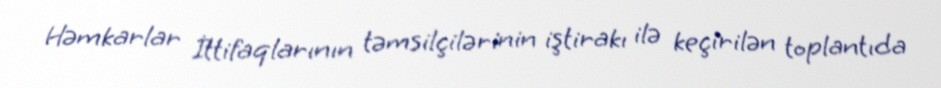
Həmkarlar İttifaqlarının təmsilçilərinin iştirakı ilə keçirilən toplantıda